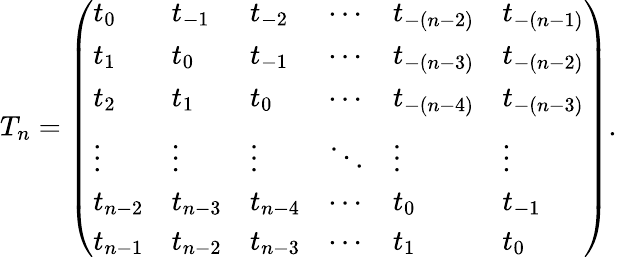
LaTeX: T_{n}=\left(\begin{array}{llllll}{t_{0}}&{t_{-1}}&{t_{-2}}&{\cdots}&{t_{-(n-2)}}&{t_{-(n-1)}}\\ {t_{1}}&{t_{0}}&{t_{-1}}&{\cdots}&{t_{-(n-3)}}&{t_{-(n-2)}}\\ {t_{2}}&{t_{1}}&{t_{0}}&{\cdots}&{t_{-(n-4)}}&{t_{-(n-3)}}\\ {\vdots}&{\vdots}&{\vdots}&{\ddots}&{\vdots}&{\vdots}\\ {t_{n-2}}&{t_{n-3}}&{t_{n-4}}&{\cdots}&{t_{0}}&{t_{-1}}\\ {t_{n-1}}&{t_{n-2}}&{t_{n-3}}&{\cdots}&{t_{1}}&{t_{0}}\end{array}\right).